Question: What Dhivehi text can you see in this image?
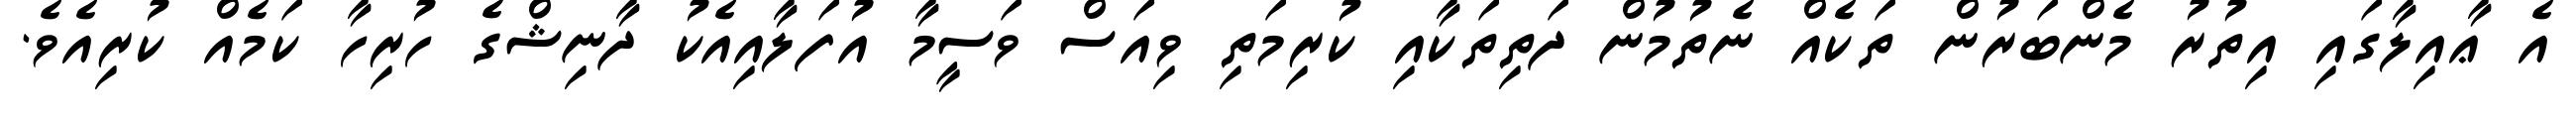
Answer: އެ ޢާއިލާގައި އިތުރު މެންބަރުން ތަކެއް ނެތުމުން ދަތިތަކާއި ކުރިމަތި ވިއަސް ވަސީމާ އުފަލާއިއެކު ދާނިޝްގެ ހުރިހާ ކަމެއް ކުރިއެވެ.